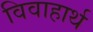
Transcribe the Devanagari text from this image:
विवाहार्थ